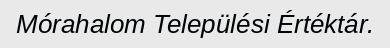
Mórahalom Települési Értéktár.